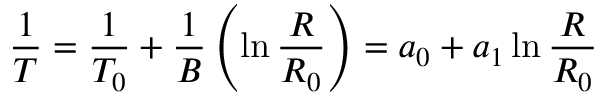
{ \frac { 1 } { T } } = { \frac { 1 } { T _ { 0 } } } + { \frac { 1 } { B } } \left( \ln { \frac { R } { R _ { 0 } } } \right) = a _ { 0 } + a _ { 1 } \ln { \frac { R } { R _ { 0 } } }